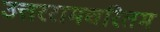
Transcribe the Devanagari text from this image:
उत्तररामचरितम